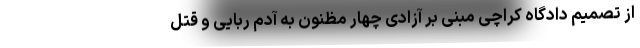
از تصمیم دادگاه کراچی مبنی بر آزادی چهار مظنون به آدم ربایی و قتل